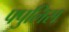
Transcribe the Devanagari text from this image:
फ्पुलिस